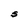
Character: S